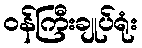
ဝန်ကြီးချုပ်ရုံး